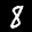
Label: 8